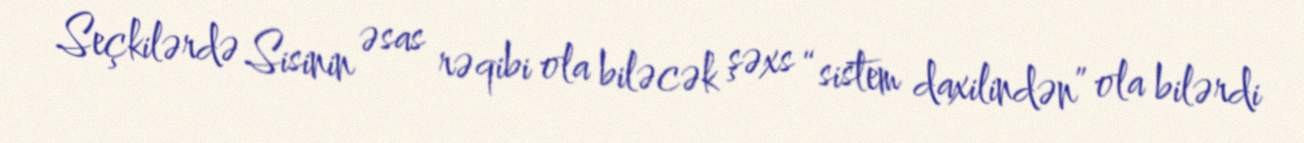
Seçkilərdə Sisinin əsas rəqibi ola biləcək şəxs “sistem daxilindən” ola bilərdi